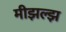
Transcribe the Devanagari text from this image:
मीझल्झ